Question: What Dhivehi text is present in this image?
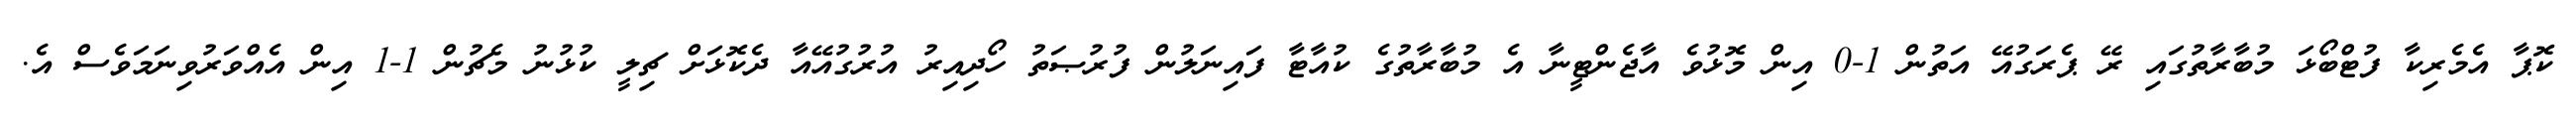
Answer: ކޮޕާ އެމެރިކާ ފުޓްބޯޅަ މުބާރާތުގައި ރޭ ޕެރަގުއޭ އަތުން 1-0 އިން މޮޅުވެ އާޖެންޓީނާ އެ މުބާރާތުގެ ކުއާޓާ ފައިނަލުން ފުރުޞަތު ހޯދިއިރު އުރުގުއޭއާ ދެކޮޅަށް ޗިލީ ކުޅުނު މެޗުން 1-1 އިން އެއްވަރުވިނަމަވެސް އެ.